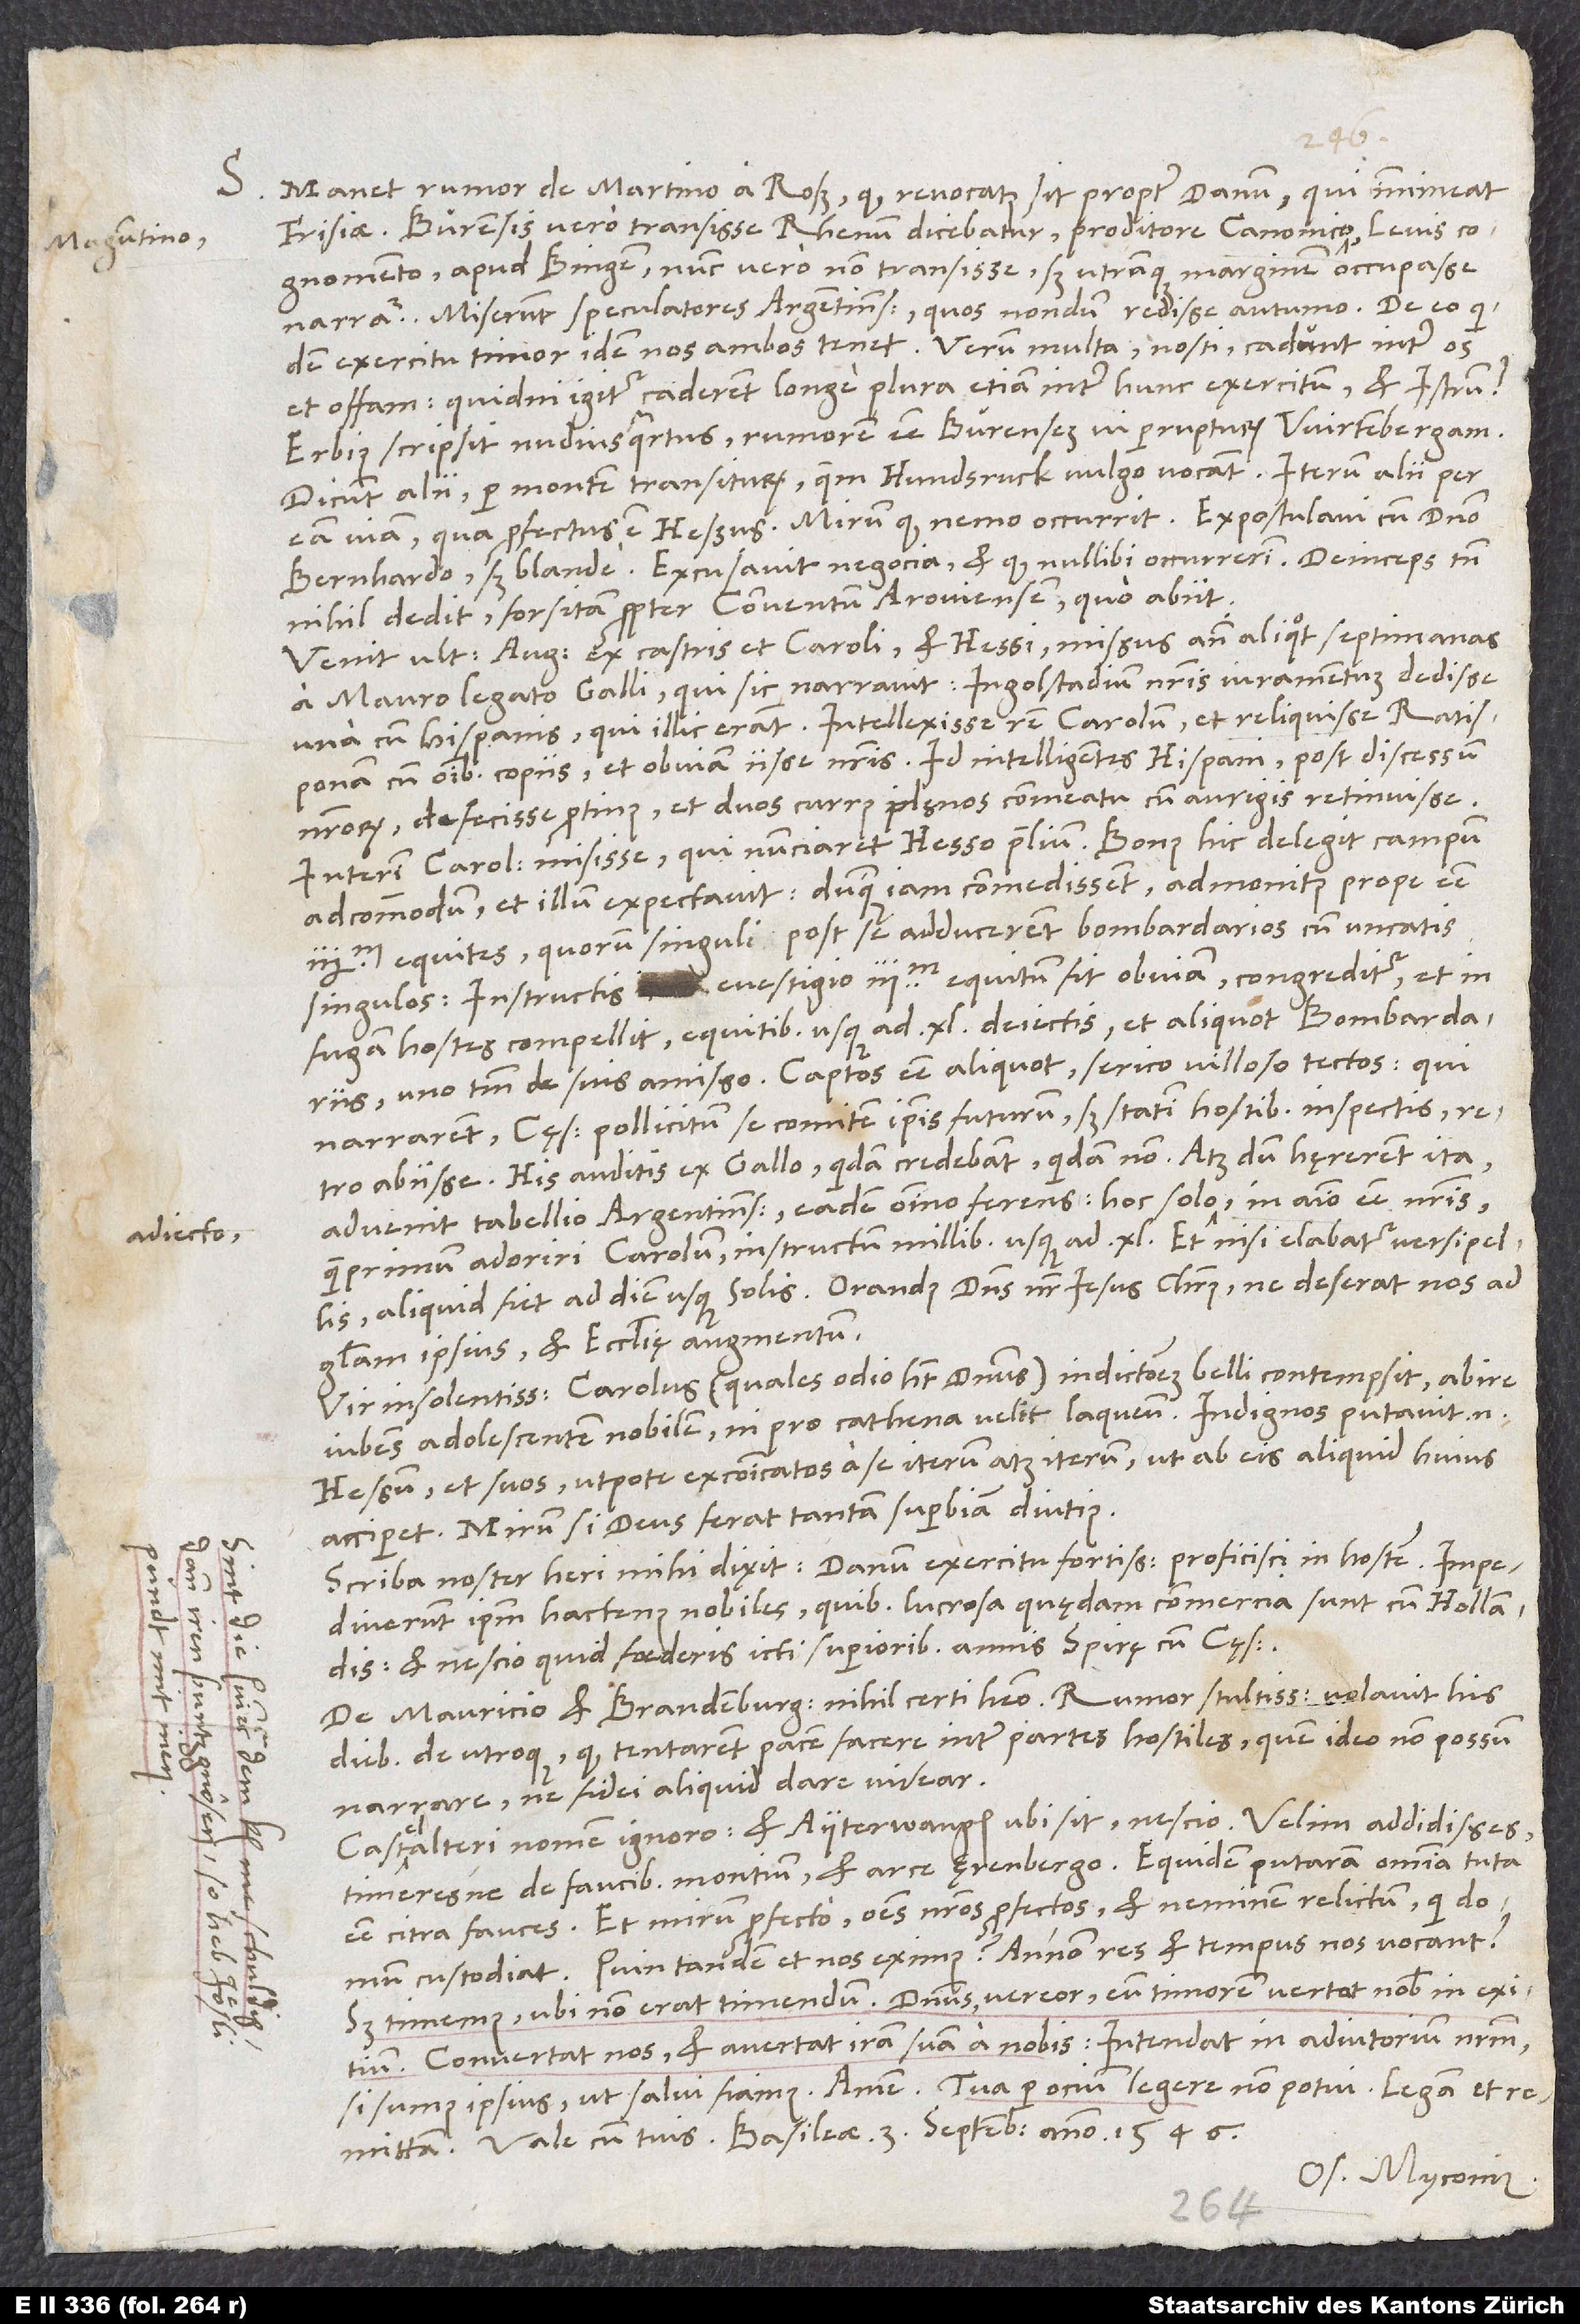
Maguntino

S. Manet rumor de Martino a Ross, quod revocatus sit propter Danum, qui immineat
Frisiae, Bürensis vero transisse Rhenum dicebatur proditore canonico
cognomento apud Bingen; nunc vero non transisse, sed utramque marginem occupasse
narratur. Miserunt speculatores Argentinenses, quos nondum redisse autumo. De eo quidem
exercitu timor idem nos ambos tenet. Verum multa, nosti, cadunt inter os
et offam. Quidni igitur caderent longe plura etiam inter hunc exercitum et Istrum?
Erbius scripsit nudiusquartus rumorem esse Bürensem vi perrupturum Wirtembergam.
Dicunt alii per montem transiturum, quem Hundsruck vulgo vocant; iterum alii per
Bernhardo, sed blande. Excusavit negocia et quod nullibi occurrerim. Deinceps tamen
nihil dedit, forsitan propter conventum Aroviensem, quo abiit.
Venit ultima augusti ex castris et Caroli et Hessi missus ante aliquot septimanas
a Mauro, legato Galli, qui sic narravit: Ingolstadium nostris iuramentum dedisse
una cum Hispanis, qui illic erant. Intellexisse rem Carolum et reliquisse Ratisponam
nostrorum defecisse protinus et duos currus plęnos commeatu cum aurigis retinuisse.
Interim Carolum misisse, qui nunciaret Hesso praelium. Bonus hic delegit campum
adcommodum et illum expectavit, dumque iam commedissent, admonitus prope esse
equites, quorum singuli post se adducerent bombardarios cum uncatis
singulos. Instructis e vestigio 3’000 equitum sit obviam, congreditur et in
fugam hostes compellit equitibus usque ad 40 deiectis et aliquot bombardariis,
uno tantum de suis amisso. Captos esse aliquot serico villoso tectos, qui
narrarent cęsarem pollicitum se comitem ipsis futurum, sed statim hostibus inspectis retro
abiisse. His auditis ex Gallo quidam credebant, quidam non, atque dum hęrerent ita,
advenit tabellio Argentinensis eadem omnino ferens, hoc solo adiecto in animo esse nostris
quamprimum adoriri Carolum instructum millibus usque ad 40. Et nisi elabatur versipellis,
aliquid fiet ad diem usque solis. Orandus dominus noster Iesus Christus, ne deserat nos ad
gloriam ipsius et ecclesię augmentum.
Vir insolentissimus Carolus (quales odio habet dominus) indictionem belli contempsit, abire
iubens adolescentem nobilem, ni pro cathena velit laqueum. Indignos putavit enim
Hessum et suos, utpote excommunicatos a se iterum atque iterum, ut ab eis aliquid huius
acciperet. Mirum, si deus ferat tantam superbiam diutius.
Scriba noster heri mihi dixit Danum exercitu fortissimo proficisci in hostem. Impediverunt
hactenus nobiles, quibus lucrosa quędam commercia sunt cum Hollandis
nescio quid foederis icti superioribus annis Spirę cum cęsare.
De Mauricio et Brandenburgensi nihil certi habeo. Rumor stultissimus volavit his
diebus de utroque, quod tentarent pacem facere inter partes hostiles, quem ideo non possum
narrare, ne fidei aliquid dare videar.
Castelalteri nomen ignoro et, Ayterwangen ubi sit, nescio. Velim addidisses,
timeresne de faucibus montium et arce Ęrenbergo. Equidem putaram omnia tuta
esse citra fauces. Et mirum profecto omnes nostros profectos et neminem relictum, qui domum
custodiat! Quin tandem et nos eximus? Annon res et tempus nos vocant?
Convertat nos, et avertat iram suam a nobis! Intendat in adiutorium nostrum,
remittam. Vale cum tuis. Basileae, 3. septembris anno 1546.
Os. Myconius.